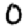
Digit: 0